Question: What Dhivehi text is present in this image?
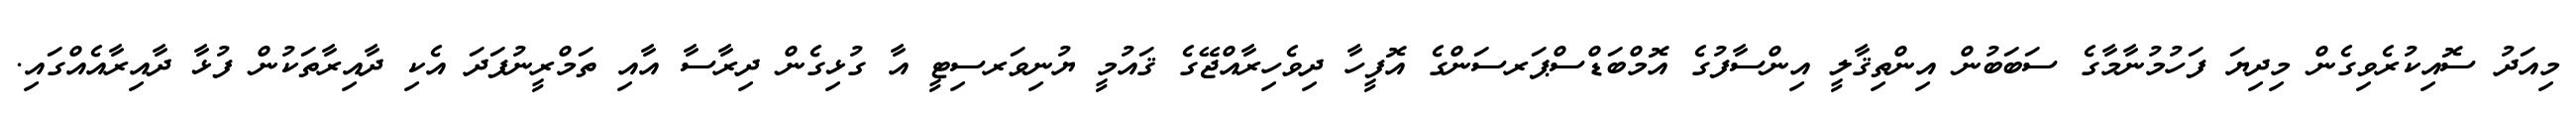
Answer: މިއަދު ސޮއިކުރެވިގެން މިދިޔަ ފަހުމުނާމާގެ ސަބަބުން އިންތިޤާލީ އިންސާފުގެ އޮމްބަޑްސްޕަރސަންގެ އޮފީހާ ދިވެހިރާއްޖޭގެ ޤައުމީ ޔުނިވަރސިޓީ އާ ގުޅިގެން ދިރާސާ އާއި ތަމްރީނުފަދަ އެކި ދާއިރާތަކުން ފުޅާ ދާއިރާއެއްގައި.